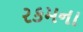
રકમના